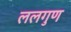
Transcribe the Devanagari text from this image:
ललगुण